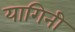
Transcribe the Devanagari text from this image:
यागिनी